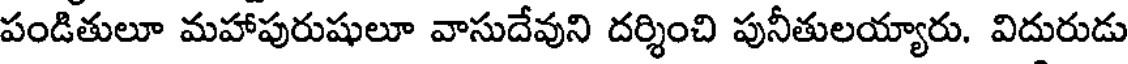
పండితులూ మహాపురుషులూ వాసుదేవుని దర్శించి పునీతులయ్యారు. విదురుడు